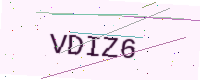
Text: VDIZ6